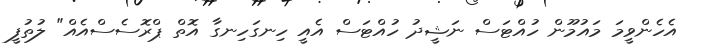
އެހެންވީމަ މައުމޫން ހުއްޓަސް ނަޝީދު ހުއްޓަސް އެއީ ހިނގަހިނގާ އޮތް ޕްރޮސެސްއެއް" ލުތުފީ